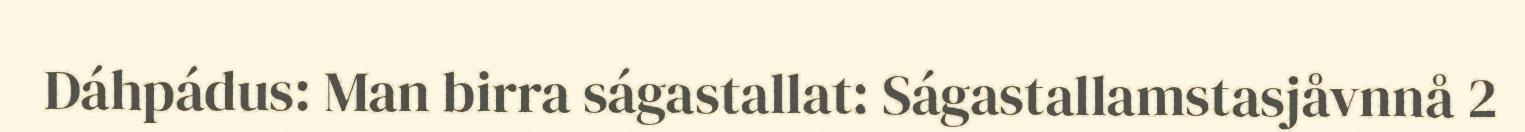
Dáhpádus: Man birra ságastallat: Ságastallamstasjåvnnå 2